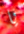
يا